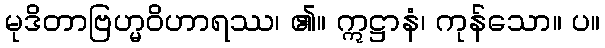
မုဒိတာဗြဟ္မဝိဟာရဿ၊ ၏။ ဣဋ္ဌာနံ၊ ကုန်သော။ ပ။